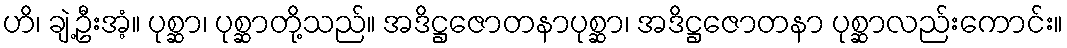
ဟိ၊ ချဲ့ဦးအံ့။ ပုစ္ဆာ၊ ပုစ္ဆာတို့သည်။ အဒိဋ္ဌဇောတနာပုစ္ဆာ၊ အဒိဋ္ဌဇောတနာ ပုစ္ဆာလည်းကောင်း။